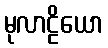
မုလာဠိယော